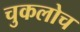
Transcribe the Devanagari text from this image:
चुकलोच